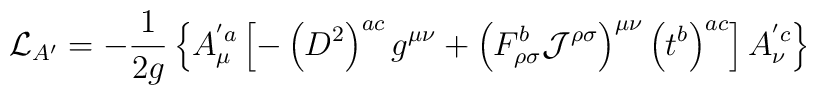
{\cal{L}}_{A'}=-\frac{1}{2g} \left\{A_\mu^{'a}\left[ -\left(D^2 \right)^{ac} g^{\mu \nu}+\left(F_{\rho \sigma}^b {\cal{J}}^{\rho \sigma} \right)^{\mu \nu} \left(t^b\right)^{ac}\right] A_\nu^{'c} \right\}